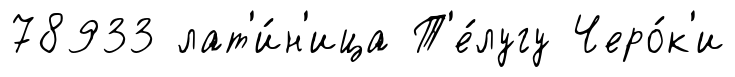
78933 лат'и́н'ица Т'е́лугу Черо́к'и